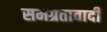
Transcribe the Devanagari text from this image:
समग्रतावादी